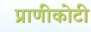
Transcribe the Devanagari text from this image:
प्राणीकोटी